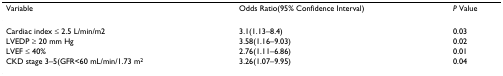
<table><thead><tr><td><b>Variable</b></td><td><b>Odds Ratio(95% Confidence Interval)</b></td><td><b><i>P </i>Value</b></td></tr></thead><tbody><tr><td>Cardiac index ≤ 2.5 L/min/m2</td><td>3.1(1.13–8.4)</td><td>0.03</td></tr><tr><td>LVEDP ≥ 20 mm Hg</td><td>3.58(1.16–9.03)</td><td>0.02</td></tr><tr><td>LVEF ≤ 40%</td><td>2.76(1.11–6.86)</td><td>0.01</td></tr><tr><td>CKD stage 3–5(GFR&lt;60 mL/min/1.73 m<sup>2</sup></td><td>3.26(1.07–9.95)</td><td>0.04</td></tr></tbody></table>